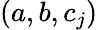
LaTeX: (a,b,c_{j})